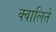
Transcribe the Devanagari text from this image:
क्वालिते